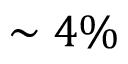
\sim 4 \%